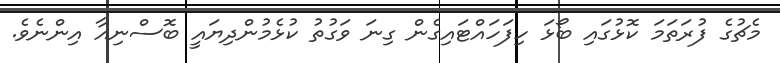
މެޗުގެ ފުރަތަމަ ކޮޅުގައި ބޯޅަ ހިފަހައްޓައިގެން ގިނަ ވަގުތު ކުޅެމުންދިޔައީ ބޮސްނިއާ އިންނެވެ.